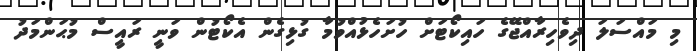
މި މައްސަލަ ދިވެހިރާއްޖޭގެ ހައިކޯޓަށް ހުށަހެޅުއްވުމާ ގުޅިގެން އެކޯޓުން ވަނީ ރައީސް މުޙަންމަދު